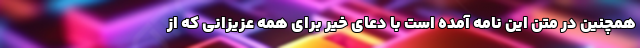
همچنین در متن این نامه آمده است‌ با دعای خیر برای همه عزیزانی که از